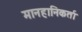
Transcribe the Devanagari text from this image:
मानहानिकर्ता